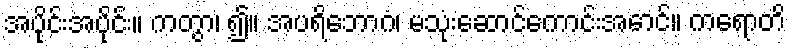
အပိုင်းအပိုင်း။ ကတွာ၊ ၍။ အပရိဘောဂံ၊ မသုံးဆောင်ကောင်းအောင်။ ကရောတိ